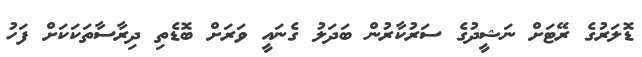
ޑޮލަރުގެ ރޭޓަށް ނަޝީދުގެ ސަރުކާރުން ބަދަލު ގެނައީ ވަރަށް ބޮޑެތި ދިރާސާތަކަކަށް ފަހު